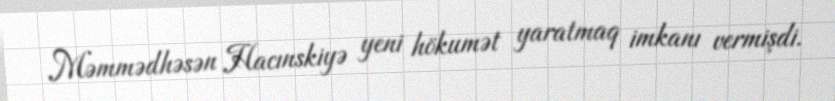
Məmmədhəsən Hacınskiyə yeni hökumət yaratmaq imkanı vermişdi.